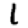
Digit: 1